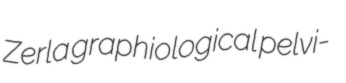
Zerla graphiological pelvi-